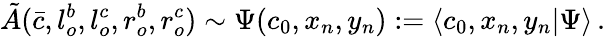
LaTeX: {\tilde{A}}(\bar{c},l_{o}^{b},l_{o}^{c},r_{o}^{b},r_{o}^{c})\sim\Psi(c_{0},x_{n},y_{n}):=\langle c_{0},x_{n},y_{n}|\Psi\rangle\, .